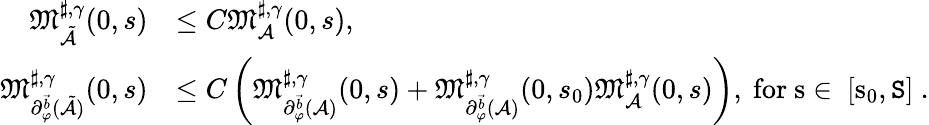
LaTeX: \begin{array}{rl}{\mathfrak{M}_{\tilde{\mathcal{A}}}^{\sharp,\gamma}(0,s)}&{\le C\mathfrak{M}_{\mathcal{A}}^{\sharp,\gamma}(0,s),}\\ {\mathfrak{M}_{\partial_{\varphi}^{\vec{b}}(\tilde{\mathcal{A}})}^{\sharp,\gamma}(0,s)}&{\le C\left(\mathfrak{M}_{\partial_{\varphi}^{\vec{b}}(\mathcal{A})}^{\sharp,\gamma}(0,s)+\mathfrak{M}_{\partial_{\varphi}^{\vec{b}}(\mathcal{A})}^{\sharp,\gamma}(0,s_{0})\mathfrak{M}_{\mathcal{A}}^{\sharp,\gamma}(0,s)\right),\mathrm{~for~s\in~[s_0,\mathtt{S}]~.}}\end{array}